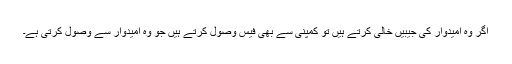
اگر وہ امیدوار کی جیبیں خالی کرتے ہیں تو کمپنی سے بھی فیس وصول کرتے ہیں جو وہ امیدوار سے وصول کرتی ہے۔